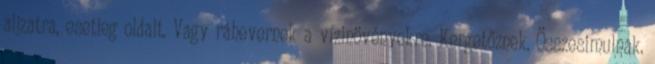
aljzatra, esetleg oldalt. Vagy ráhevernek a vízinövényekre. Kergetőznek. Összesimulnak.